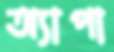
অ্যাপা